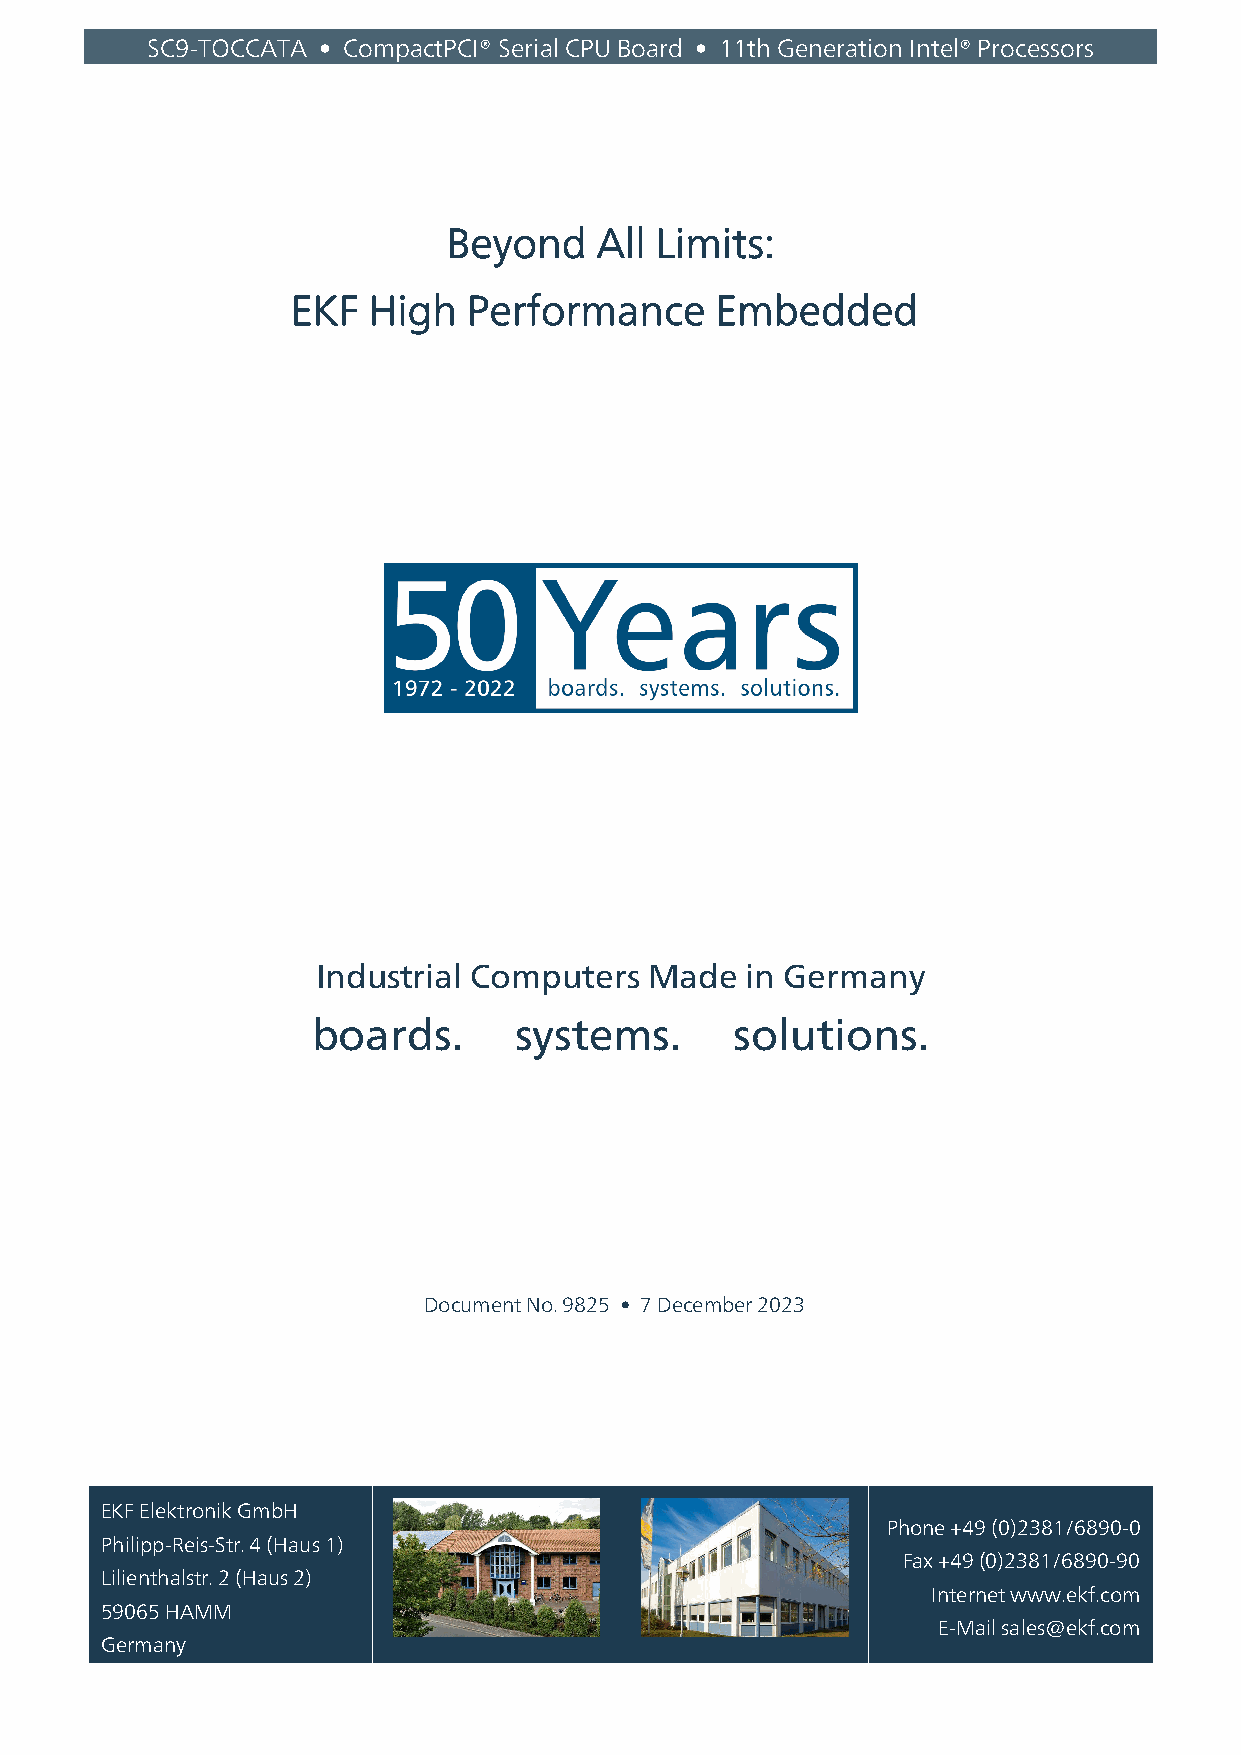
SC9-TOCCATA • CompactPCI® Serial CPU Board • 11th Generation Intel® Processors
 Beyond   All Limits:
 EKF  High   Performance     Embedded
 Industrial Computers  Made  in Germany
 boards.      systems.       solutions.
 Document No. 9825 • 7 December 2023
 EKF Elektronik GmbH
 Phone +49 (0)2381/6890-0
 Philipp-Reis-Str. 4 (Haus 1)
 Fax +49 (0)2381/6890-90
 Lilienthalstr. 2 (Haus 2)
 Internet www.ekf.com
 59065 HAMM
 E-Mail sales@ekf.com
 Germany